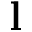
\mathbf { l }